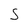
Character: j